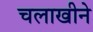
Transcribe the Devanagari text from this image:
चलाखीने